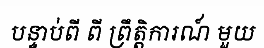
បន្ទាប់ពី ពី ព្រឹត្តិការណ៍ មួយ